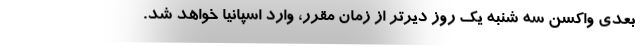
بعدی واکسن سه شنبه یک روز دیرتر از زمان مقرر، وارد اسپانیا خواهد شد.